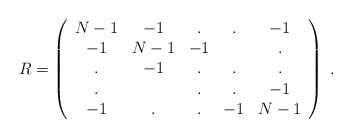
\begin{align*}R = \left( \begin{array}{ccccc}N-1 & -1 & . & . & -1 \\-1 & N-1 & -1 & & . \\ . & -1 & . & . & . \\ . & & . & . & -1 \\-1 & . & . & -1 & N-1\end{array} \right) \; .\end{align*}